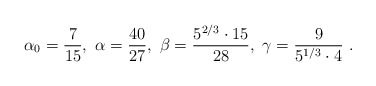
\begin{align*}\alpha_0 = \frac7{15},~\alpha =\frac{40}{27} ,~ \beta=\frac{5^{2/3}\cdot 15}{28} ,~ \gamma=\frac{9}{5^{1/3}\cdot 4} ~.\end{align*}